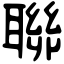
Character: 聯